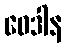
ဝေဒါန